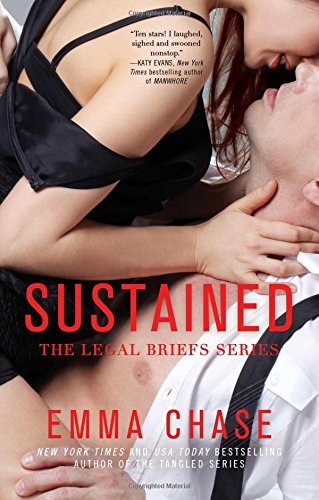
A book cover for Sustained (The Legal Briefs Series); Emma Chase; Romance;